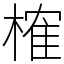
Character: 榷